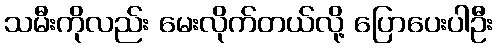
သမီးကိုလည်း မေးလိုက်တယ်လို့ ပြောပေးပါဦး